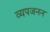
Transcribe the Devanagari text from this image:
व्‍यपजनन